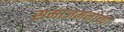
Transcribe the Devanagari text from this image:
समाजमनाच्या